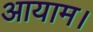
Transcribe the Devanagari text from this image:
आयाम।